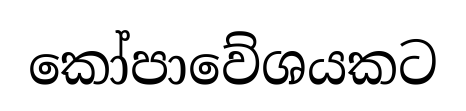
කෝපාවේශයකට